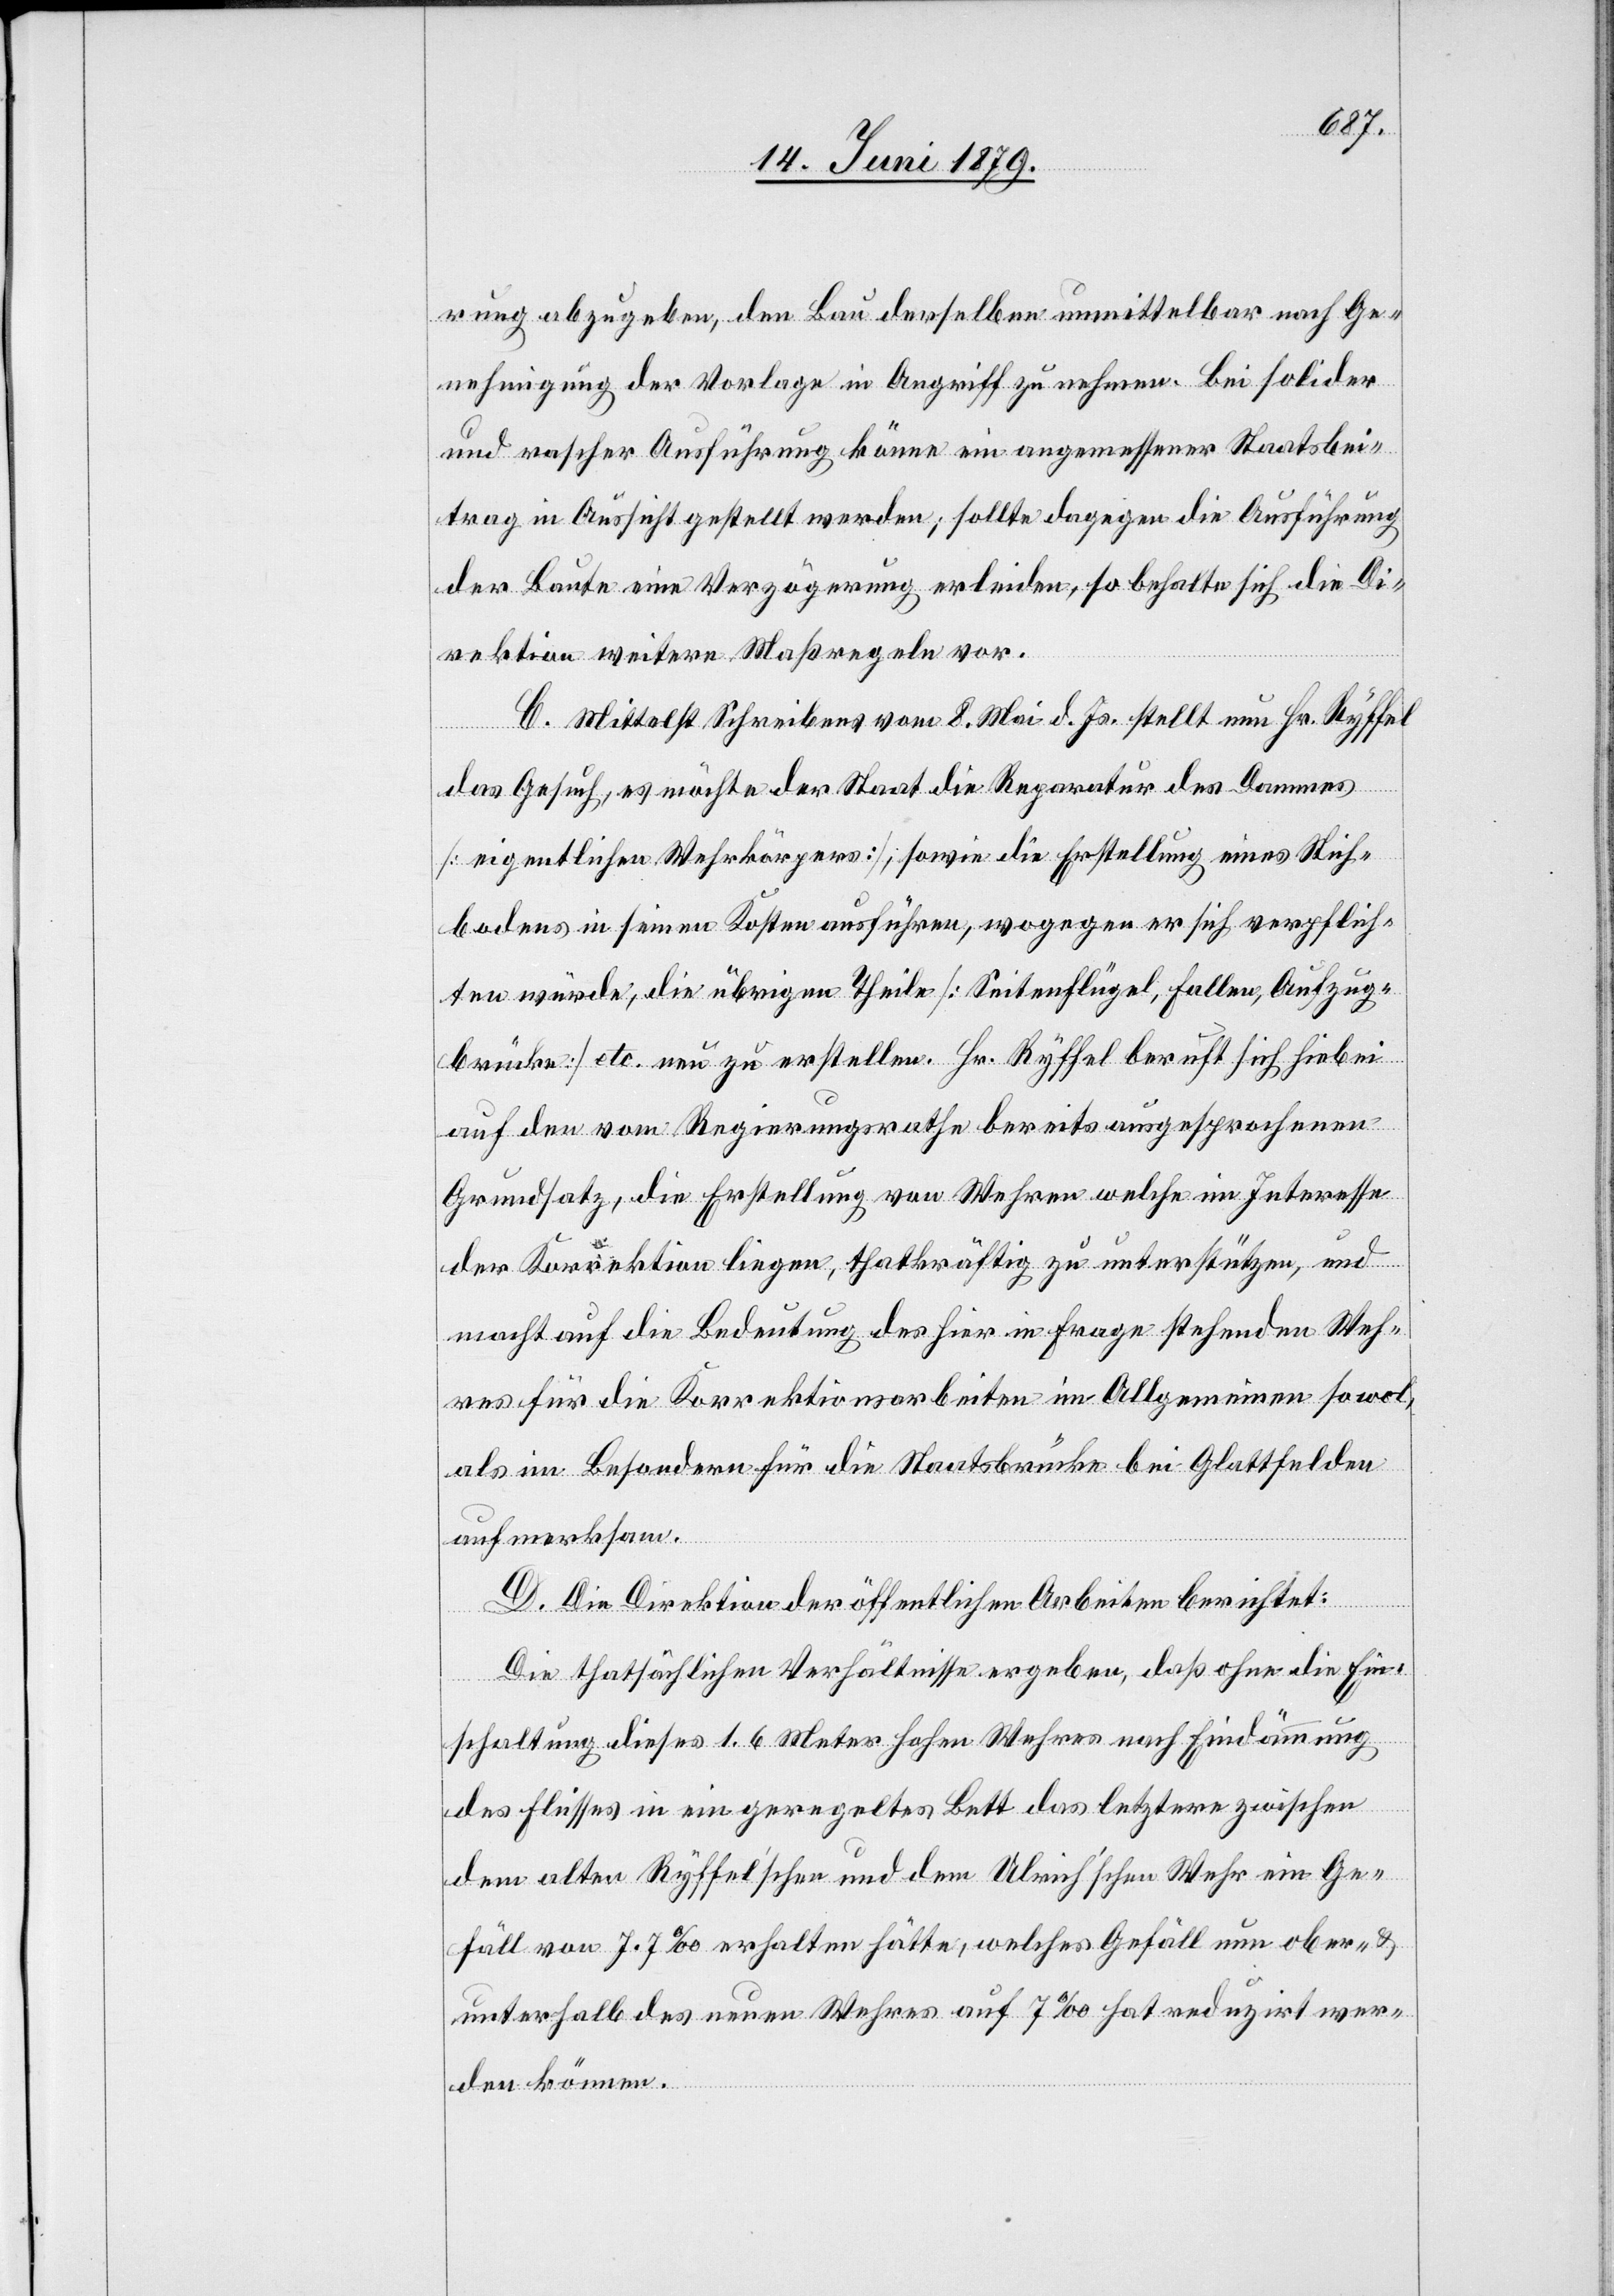
rung abzugeben, den Bau derselben unmittelbar nach Ge¬
nehmigung der Vorlage in Angriff zu nehmen. Bei solider
und rascher Ausführung könne ein angemessener Staatsbei¬
trag in Aussicht gestellt werden; sollte dagegen die Ausführung
der Baute eine Verzögerung erleiden, so behalte sich die Di¬
rektion weitere Maßregeln vor.
C. Mittelst Schreibens vom 8. Mai d. Js. stellt nun Hr. Ryffel
das Gesuch, es möchte der Staat die Reparatur des Dammes
[eigentlichen Wehrkörpers], sowie die Erstellung eines Stich¬
bodens in seinen Kosten ausführen, wogegen er sich verpflich¬
ten würde, die übrigen Theile [Seitenflügel, Fallen, Aufzug¬
brücke] etc. neu zu erstellen. Hr. Ryffel beruft sich hiebei
auf den vom Regierungsrathe bereits ausgesprochenen
Grundsatz, die Erstellung von Wehren welche im Interesse
der Korrektion liegen, thatkräftig zu unterstützen, und
macht auf die Bedeutung des hier in Frage stehenden Weh¬
res für die Korrektionsarbeiten im Allgemeinen sowol,
als im Besondern für die Staatsbrücke bei Glattfelden
aufmerksam.
D. Die Direktion der öffentlichen Arbeiten berichtet:
Die tatsächlichen Verhältnisse ergeben, daß ohne die Ein¬
schaltung dieses 1.6 Meter hohen Wehres nach Eindämmung
des Flusses in ein geregeltes Bett das letztere zwischen
dem alten Ryffel’schen und dem Ulrich’schen Wehr ein Ge¬
fäll von 7.7‰ erhalten hätte, welches Gefäll nun ober- &
unterhalb des neuen Wehres auf 7‰ hat reduzirt wer¬
den können.